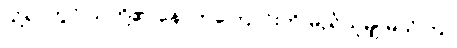
သို့ရာတွင် သူတို့၏ နောက်ကြောင်းကို မည်သူမျှ မသိကြ။